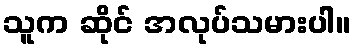
သူက ဆိုင် အလုပ်သမားပါ။